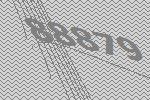
88879